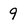
Character: 9